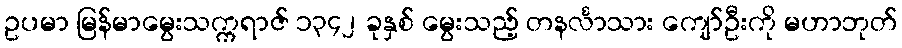
ဥပမာ မြန်မာမွေးသက္ကရာဇ် ၁၃၄၂ ခုနှစ် မွေးသည့် တနင်္လာသား ကျော်ဦးကို မဟာဘုတ်